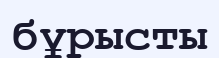
бұрысты